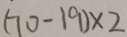
( 7 0 - 1 9 ) \times 2